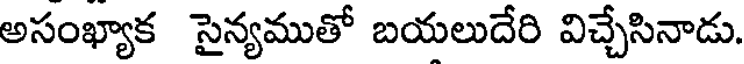
అసంఖ్యాక సైన్యముతో బయలుదేరి విచ్చేసినాడు.